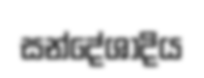
සන්දේශාදිය